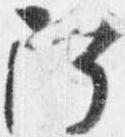
阿